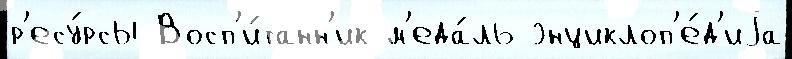
р'есу́рсы Восп'и́танн'ик м'еда́ль энциклоп'е́д'иjа